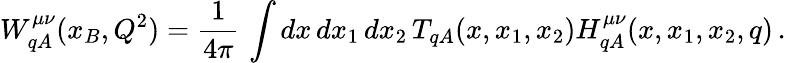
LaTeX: W_{qA}^{\mu\nu}(x_{B},Q^{2})=\frac{1}{4\pi}\, \int dx\, dx_{1}\, dx_{2}\, T_{qA}(x,x_{1},x_{2})H_{qA}^{\mu\nu}(x,x_{1},x_{2},q)\, .